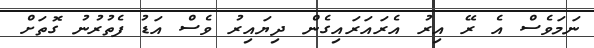
ނަމަވެސް އެ ރޭ އިރު އެރައަރައިގެން ދިޔައިރު ވެސް އަޑު ފެތުރުނު ގޮތަށް